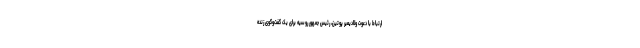
ارتباط با دعوت ولادیمیر پوتین، رئیس جمهور روسیه برای یک گفت‌وگوی زنده